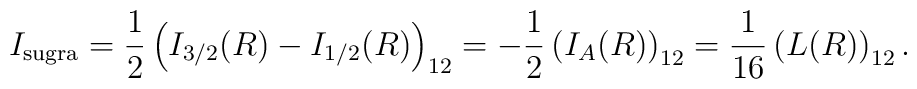
I_{\rm sugra} = {1 \over 2} \left( I_{3/2} (R) - I_{1/2}(R)\right)_{12} = - {1\over 2} \left( I_A(R) \right)_{12} = {1\over 16} \left( L(R) \right)_{12}.